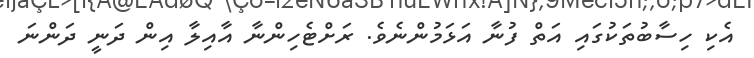
އެކި ހިސާބުތަކުގައި އަތް ފުނާ އަޅަމުންނެވެ. ރަށްޓެހިންނާ އާއިލާ އިން ދަނީ ދަންނަ